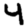
Digit: 4